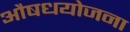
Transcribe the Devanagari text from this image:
औषधयोजना